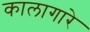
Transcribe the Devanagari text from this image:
कालागारे